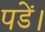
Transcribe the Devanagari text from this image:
पडें।